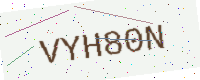
Text: VYH80N